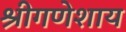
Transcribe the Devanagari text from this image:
श्रीगणेशाय